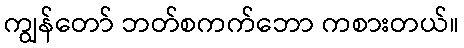
ကျွန်တော် ဘတ်စကက်ဘော ကစားတယ်။